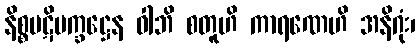
နိစ္စပဋိပက္ခဋ္ဌေန ဝါဘိ စတူဟိ ကာရဏေဟိ အနိဂုံး၊